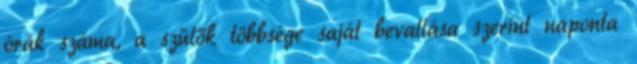
órák száma, a szülők többsége saját bevallása szerint naponta